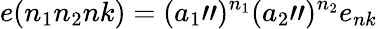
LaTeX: e(n_{1}n_{2}nk)=(a_{1}")^{n_{1}}(a_{2}")^{n_{2}}e_{nk}